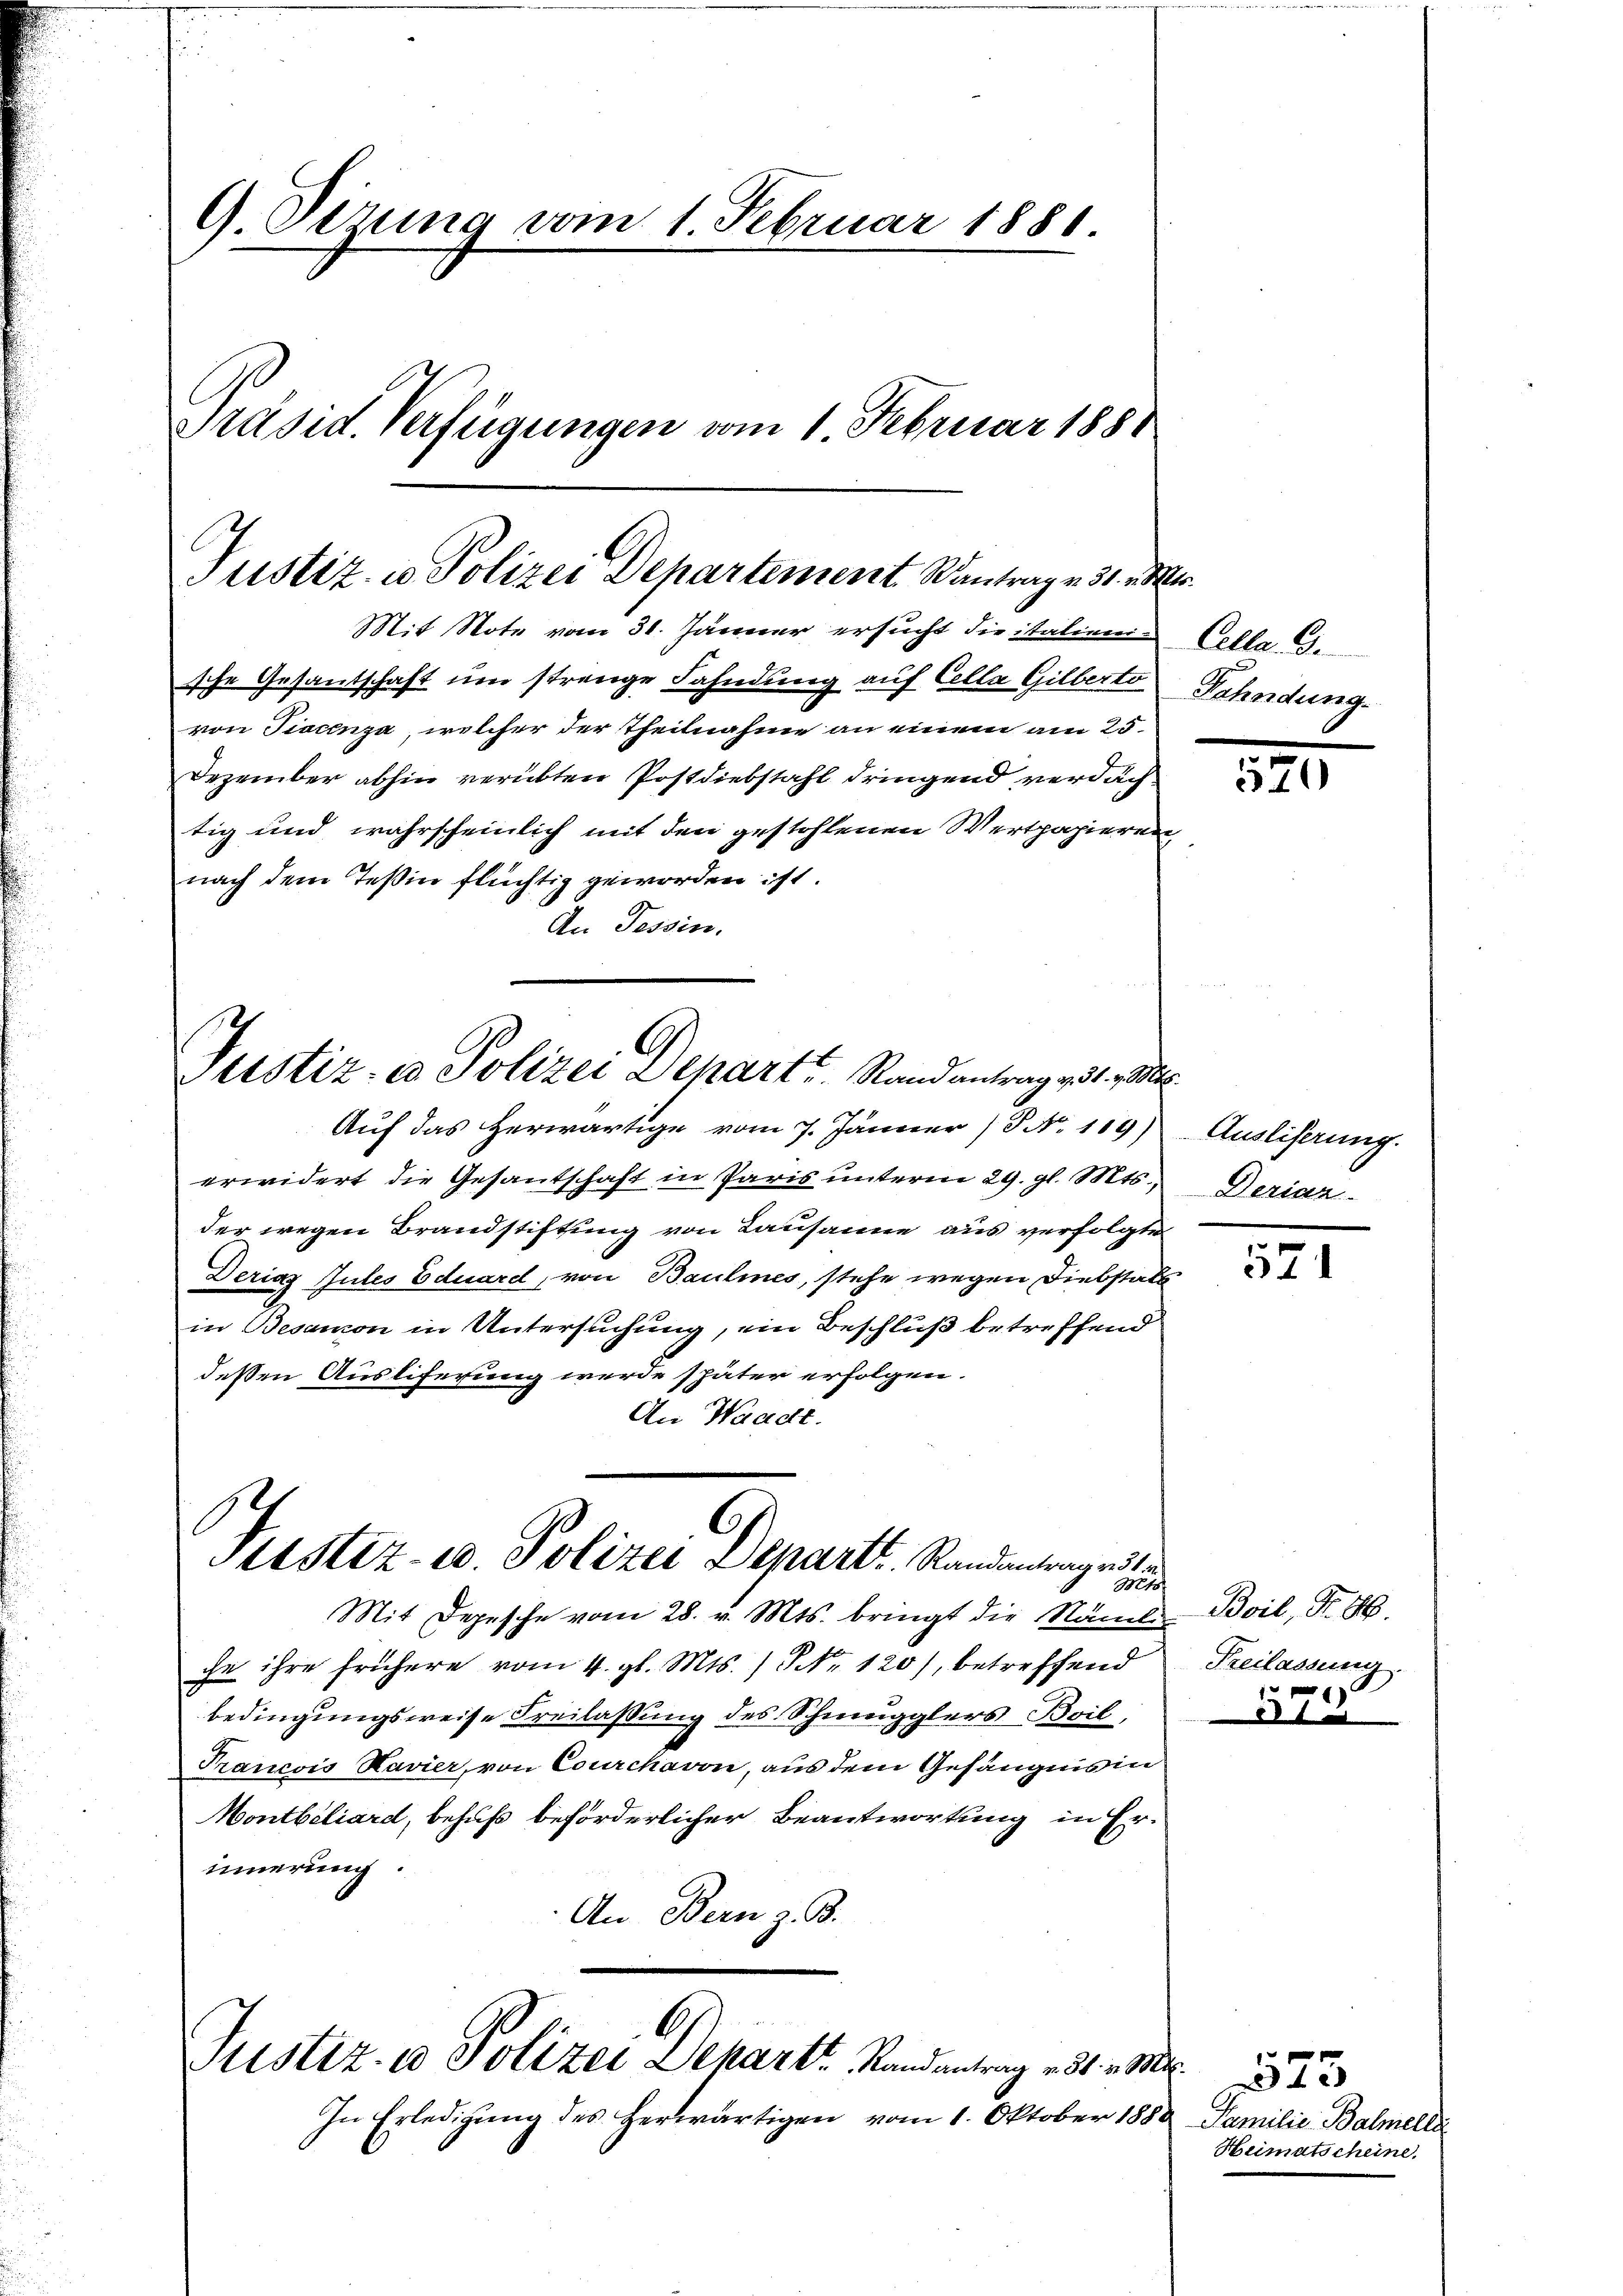
Dirung vom 1 Februar 1880.
Präsid. Verfügungen vom 1 Februar 1888

Justiz- u Polizei Departement Kantrag v. 31. e
Mit Note vom 31. Jänner ersucht die italieni¬

Justiz- u Polizei Depart. Stand antrag zu 1. M

C
Stistiz- u. Polizei Departt. Randantrage st
Mts.

6
Justiz- u Polizei Depart Randantrag v. 31. es

sche Gesandtschaft um strenge Fahndung auf Cella Gilberto
von Tiacenza, welcher der Theilnahme an einem am 25.
Dezember abhin verübten Postdiebstahl dringend verdächtig und wahrscheinlich mit den gestohlenen Wertpapieren,
nach dem Teßin flüchtig geworden ist.
An Tessin,

Auf das herwärtige vom 7. Jänner (§ No 119)
erwidert die Gesantschaft in Paris unterm 29. gl. Mts.,
der wegen Brandstiftung von Lausanne aus verfolgte
Derias Gutes Eduard, von Baulines, stehe wegen Diebstals
in Besamon in Untersuchung, ein Beschluß betreffend
deßen Ausliferung werde später erfolgen.
An Waadt.

In Erledigung des herwärtigen vom 1. Oktober 1880 Familie Balmelle

Mit Depesche vom 28. v. Mts. bringt die Nämli
che ihre frühere vom 4. gl. Mts. / Nr. 120), betreffend
bedingungsweise Freilassung des Schmugglers Boil,
Francois Kavier, von Courchavon, aus dem Gefängnis in
Montbiliard, behufs beförderlicher Beantwortung in Erinnerung.
An Bern z. B.

.
Colla. G.
Fahndung.

.

Ausliserung.
Derian

521

5

Boil, Fr. 86.
Freilassung.

1523

M.
Heimatscheine.